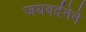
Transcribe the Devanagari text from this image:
जयवर्दनेने